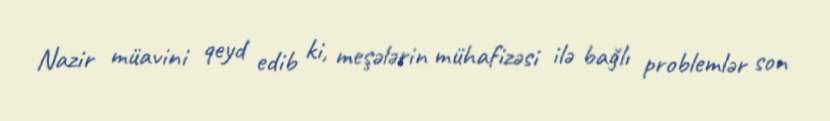
Nazir müavini qeyd edib ki, meşələrin mühafizəsi ilə bağlı problemlər son